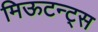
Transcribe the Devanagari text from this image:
मिऊटन्ट्स